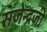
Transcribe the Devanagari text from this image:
राजेन्द्रजी